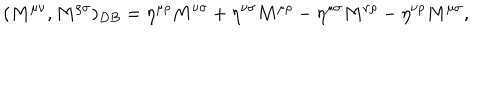
( M ^ { \mu \nu } , M ^ { \rho \sigma } ) _ { D B } = \eta ^ { \mu \rho } M ^ { \nu \sigma } + \eta ^ { \nu \sigma } M ^ { \mu \rho } - \eta ^ { \mu \sigma } M ^ { \nu \rho } - \eta ^ { \nu \rho } M ^ { \mu \sigma } ,